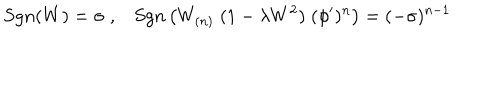
S g n ( W ) = \sigma \; , S g n \left( W _ { ( n ) } \; ( 1 - \lambda W ^ { 2 } ) \; ( \phi ^ { \prime } ) ^ { n } \right) = ( - \sigma ) ^ { n - 1 }